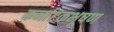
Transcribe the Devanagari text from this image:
कर्नाटकभूषण